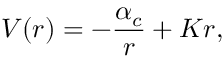
V ( r ) = - { \frac { { \alpha } _ { c } } { r } } + K r ,